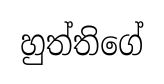
හුත්තිගේ